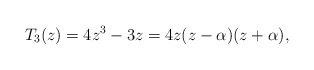
\begin{align*}T_{3}(z) = 4 z^{3} - 3z = 4z (z - \alpha) (z + \alpha),\end{align*}